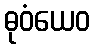
ဓုဝံယေဝ